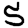
Digit: 5